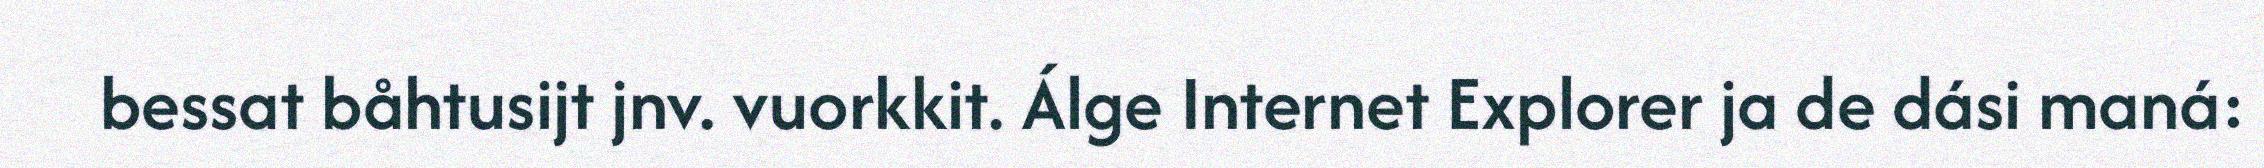
bessat båhtusijt jnv. vuorkkit. Álge Internet Explorer ja de dási maná: